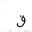
Letter: _qaf